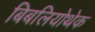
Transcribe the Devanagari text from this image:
बिबलियोथेक